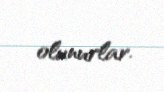
olunurlar.